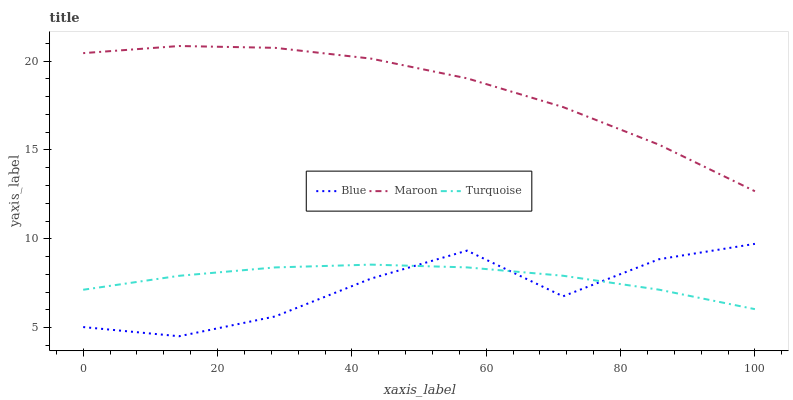
| xaxis_label | Blue | Maroon | Turquoise |
 | --- | --- | --- | --- |
 | 0 | 5.04 | 20.5 | 7.14 |
 | 14.3 | 4.52 | 20.9 | 7.92 |
 | 28.6 | 5.63 | 20.7 | 8.39 |
 | 42.9 | 7.76 | 20.1 | 8.55 |
 | 57.1 | 9.34 | 19 | 8.39 |
 | 71.4 | 6.77 | 17.4 | 7.92 |
 | 85.7 | 8.85 | 15.3 | 7.14 |
 | 100 | 9.72 | 12.7 | 6.04 |